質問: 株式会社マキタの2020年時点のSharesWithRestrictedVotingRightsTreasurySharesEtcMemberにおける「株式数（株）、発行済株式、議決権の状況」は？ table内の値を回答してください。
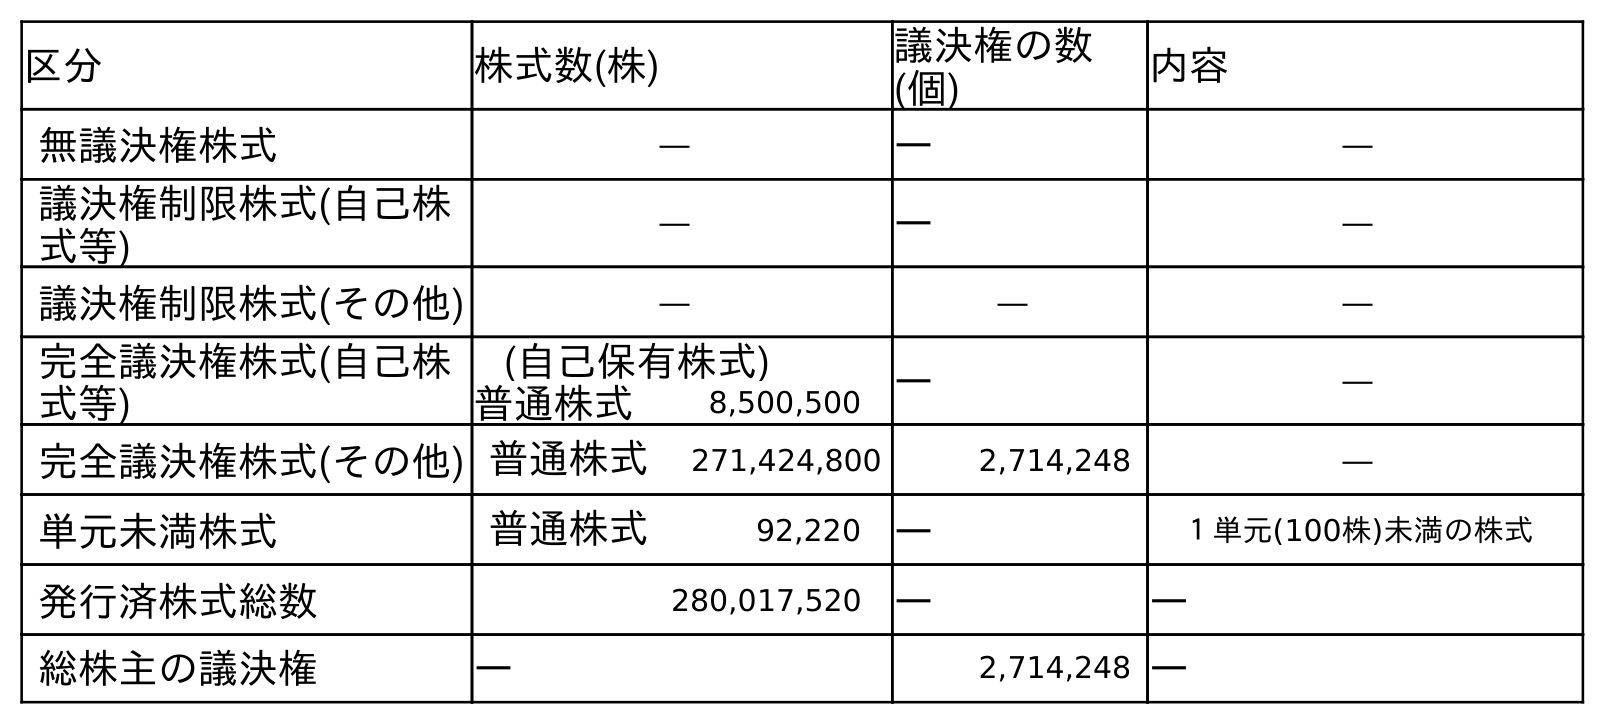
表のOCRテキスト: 区分 株式数(株) 議決権の数 (個) 内容 無議決権株式 ― ― ― 議決権制限株式(自己株 式等) ― ― ― 議決権制限株式(その他) ― ― ― 完全議決権株式(自己株 式等) (自己保有株式) ― ― 普通株式 8,500,500 完全議決権株式(その他) 普通株式 271,424,800 2,714,248 ― 単元未満株式 普通株式 92,220 ― １単元(100株)未満の株式 発行済株式総数 280,017,520 ― ― 総株主の議決権 ― 2,714,248 ―
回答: ―